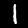
Label: 1